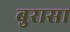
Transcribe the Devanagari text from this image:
बुरासा